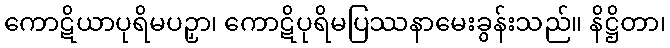
ကောဋိယာပုရိမပဉှာ၊ ကောဋိပုရိမပြဿနာမေးခွန်းသည်။ နိဋ္ဌိတာ၊